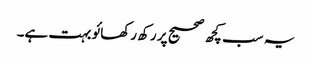
یہ سب کچھ صحیح پر رکھ رکھائو بہت ہے۔